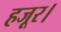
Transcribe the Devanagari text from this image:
हजूर।